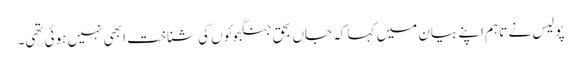
پولیس نے تاہم اپنے بیان میں کہا کہ جاں بحق جنگجوئوں کی شناخت ابھی نہیں ہوئی تھی۔